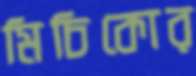
মিচিকোর